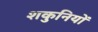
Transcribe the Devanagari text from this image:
शकुनियों